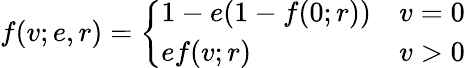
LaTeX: f(v;e,r)=\left\{ \begin{array}{ll}{1-e(1-f(0;r))}&{v=0}\\ {ef(v;r)}&{v>0}\end{array}\right.